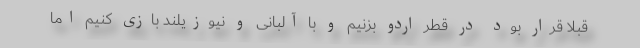
قبلا قرار بود در قطر اردو بزنیم و با آلبانی و نیوزیلند بازی کنیم اما